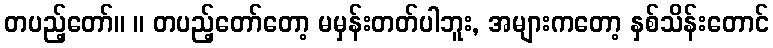
တပည့်တော်။ ။ တပည့်တော်တော့ မမှန်းတတ်ပါဘူး, အများကတော့ နှစ်သိန်းတောင်